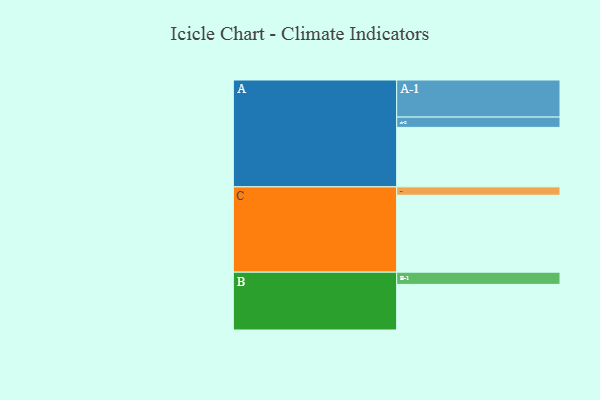
{"axis": {"x": "Segment", "y": "Value"}, "legend": ["", "A", "B", "C"], "data": [{"x": "A", "y": 433, "type": ""}, {"x": "B", "y": 332, "type": ""}, {"x": "C", "y": 560, "type": ""}, {"x": "A-1", "y": 270, "type": "A"}, {"x": "A-2", "y": 75, "type": "A"}, {"x": "B-1", "y": 89, "type": "B"}, {"x": "C-1", "y": 61, "type": "C"}]}